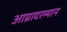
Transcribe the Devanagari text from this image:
आग्रादरम्यान